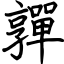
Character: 嚲